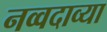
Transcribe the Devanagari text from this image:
नव्वदाव्या